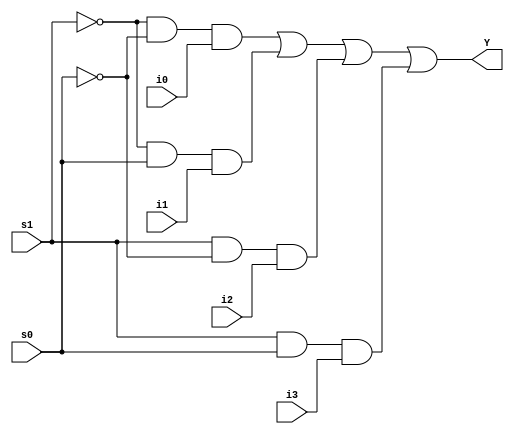
module mux4to1_21BCE3546(Y, i0, i1, i2, i3, s1, s0);
  input i0, i1, i2, i3;
  input s1, s0;
  output Y;
  assign Y = (~s1 & ~s0 & i0) | (~s1 & s0 & i1) | (s1 & ~s0 & i2) | (s1 & s0 & i3);
endmodule

module mux1 (select, d, q);
  input [1:0] select;
  input [3:0] d;
  output reg q;
  always @* begin
    case (select)
      2'b00: q = d[0];
      2'b01: q = d[1];
      2'b10: q = d[2];
      2'b11: q = d[3];
    endcase
  end
endmodule

module mux_tb;
  reg [3:0] d;
  reg [1:0] select;
  wire q;
  integer i;
  mux1 my_mux (
    .select(select),
    .d(d),
    .q(q)
  );
  initial begin
    $monitor("21BCE3546 - d = %b, select = %d, q = %b", d, select, q);
    for (i = 0; i <= 15; i = i + 1) begin
      #1 d = i;
      #1 select = 0;
      #1 select = 1;
      #1 select = 2;
      #1 select = 3;
      #1 $display("=======================");
    end
  end
endmodule